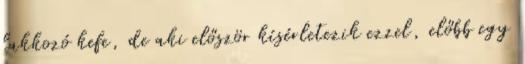
lakkozó kefe, de aki először kísérletezik ezzel, előbb egy